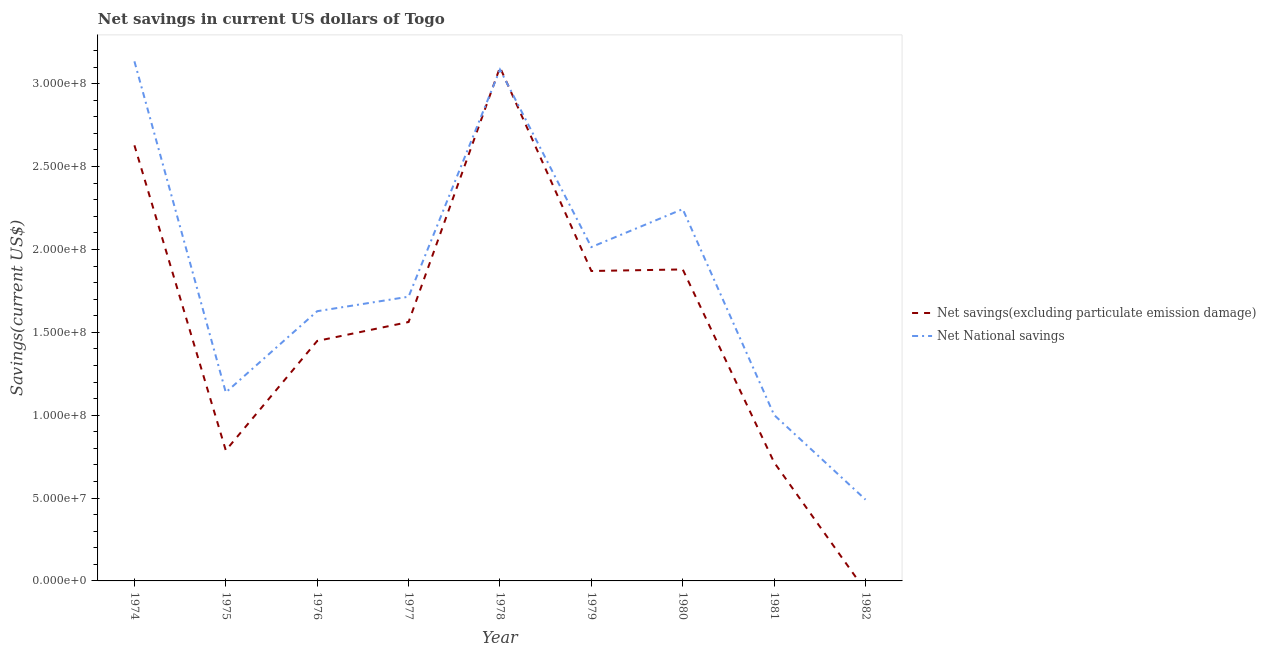
| Year | Net savings(excluding particulate emission damage) | Net National savings |
 | --- | --- | --- |
 | 1974 | 2.63e+08 | 3.13e+08 |
 | 1975 | 7.87e+07 | 1.14e+08 |
 | 1976 | 1.45e+08 | 1.63e+08 |
 | 1977 | 1.56e+08 | 1.71e+08 |
 | 1978 | 3.1e+08 | 3.09e+08 |
 | 1979 | 1.87e+08 | 2.01e+08 |
 | 1980 | 1.88e+08 | 2.24e+08 |
 | 1981 | 7.15e+07 | 1e+08 |
 | 1982 | -5.93e+06 | 4.91e+07 |